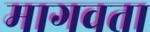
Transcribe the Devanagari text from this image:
मागवता